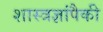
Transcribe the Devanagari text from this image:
शास्त्रज्ञांपैकी